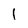
Character: 1